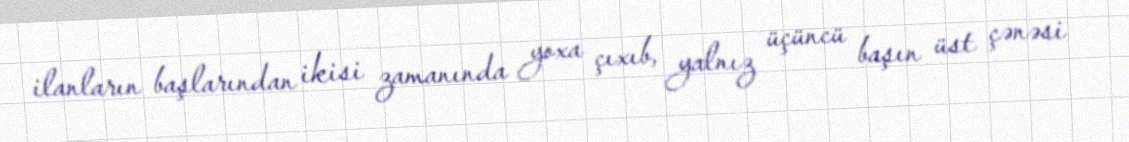
ilanların başlarından ikisi zamanında yoxa çıxıb, yalnız üçüncü başın üst çənəsi